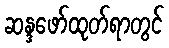
ဆန္ဒဖော်ထုတ်ရာတွင်